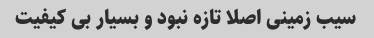
سیب زمینی اصلا تازه نبود و بسیار بی کیفیت